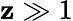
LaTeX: \mathbf{z}\gg1